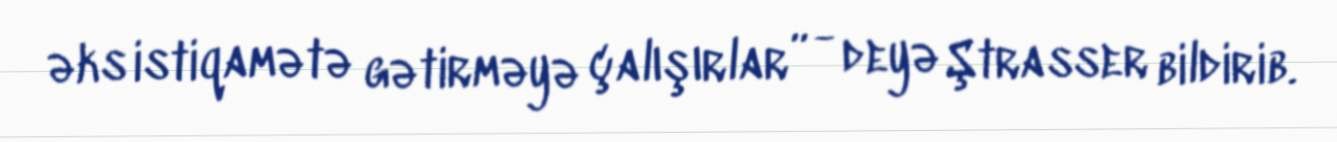
əks istiqamətə gətirməyə çalışırlar” - deyə Ştrasser bildirib.